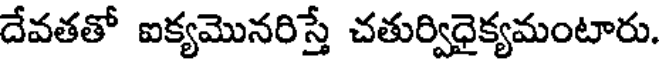
దేవతతో ఐక్యమొనరిస్తే చతుర్విధైక్యమంటారు.